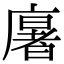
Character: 𢋂